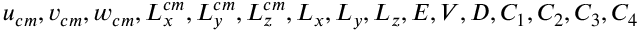
u _ { c m } , v _ { c m } , w _ { c m } , L _ { x } ^ { c m } , L _ { y } ^ { c m } , L _ { z } ^ { c m } , L _ { x } , L _ { y } , L _ { z } , E , V , D , C _ { 1 } , C _ { 2 } , C _ { 3 } , C _ { 4 }